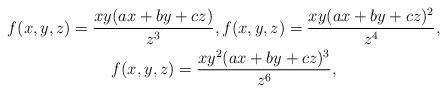
LaTeX: \begin{gather*}f(x,y,z)=\dfrac{xy(ax+by+cz)}{z^3}, f(x,y,z)=\dfrac{xy(ax+by+cz)^2}{z^4}, \\f(x,y,z)=\dfrac{xy^2(ax+by+cz)^3}{z^6},\end{gather*}